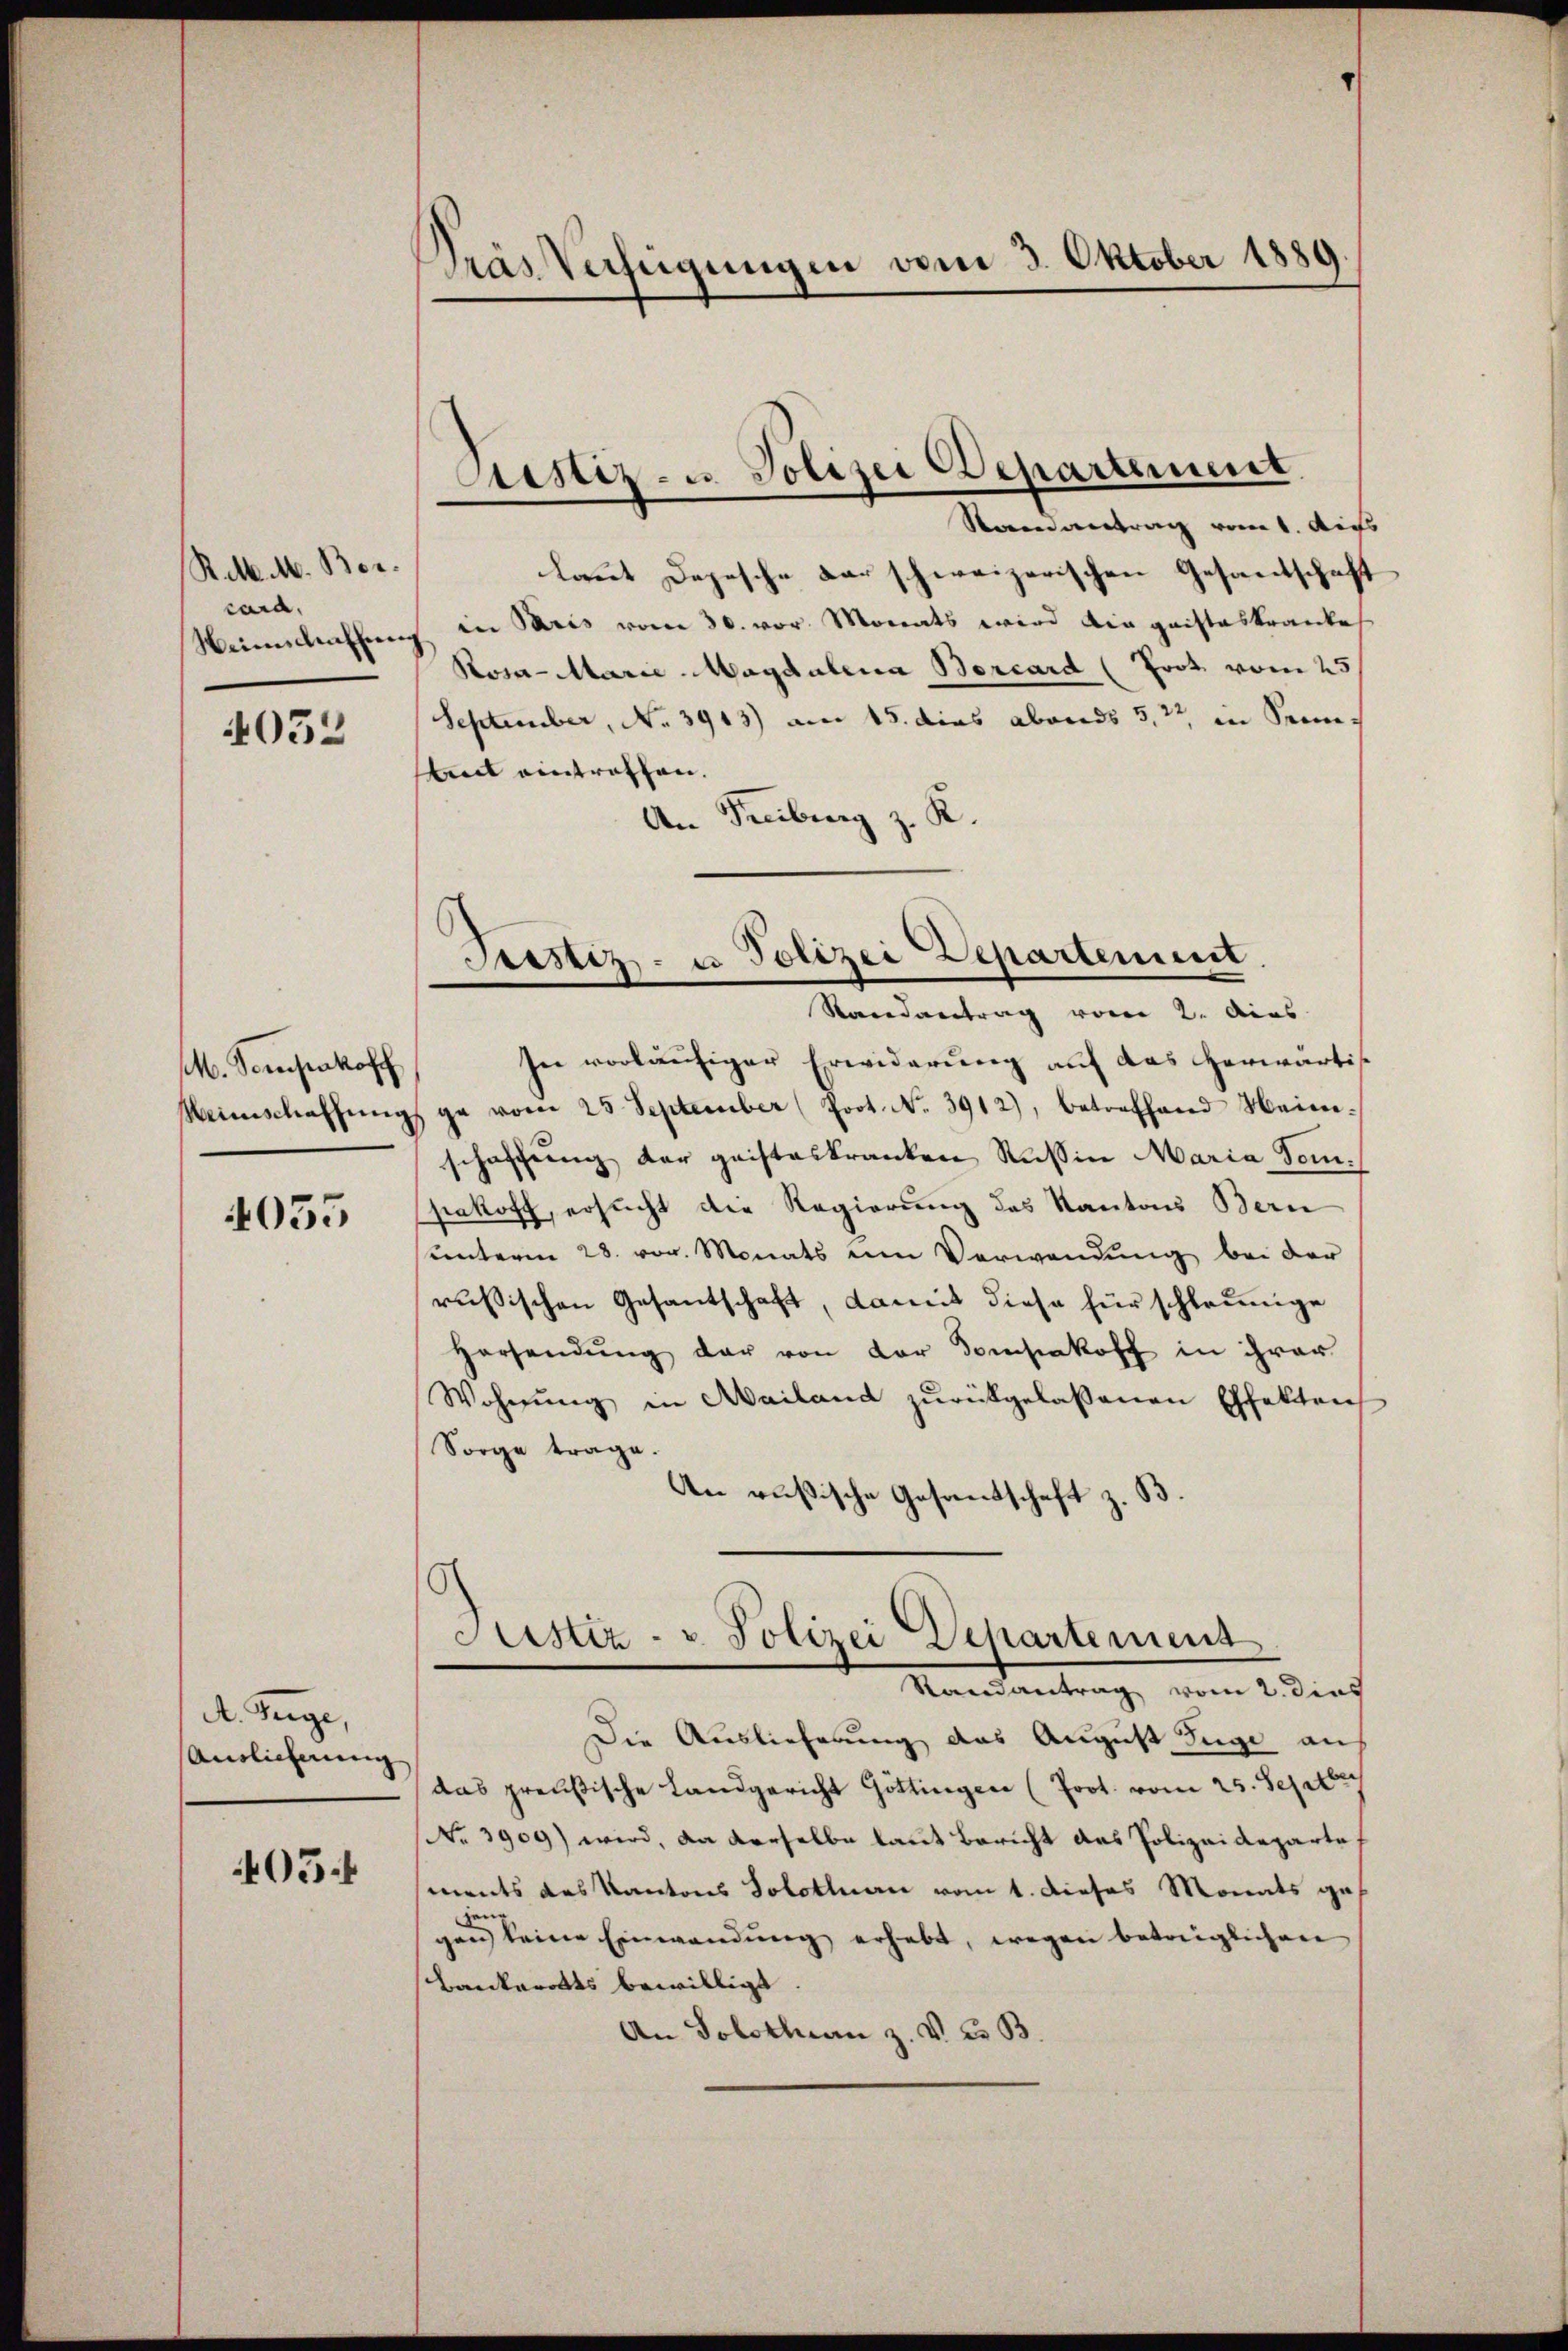
Rek. M. Borcard.
Weinschaffen
4052

M. Sempakoff
Meinschaffung

4055

A. Siege,
Auslichnung

05f

Tras Verfügungen vom 3. Oktober 1889.

Justiz- u. Polizei Departement
Ravenantrag vom 1. Auss

Sistiz- u Polizei Departement.
Randantrag vom 2. dens

laut Depesche darschweizerischen Gesandschaft
in Paris vom 30. vor. Monats wird die geisteskrankes
Rosa - Marie-Magdalena Borcard (Trot vom 25
September, No 3913) am 15. dies abends 5,7 in Seimit eintrathen.
An Freiburg z. K.
In vorläufiger Erwiderung auf das Herwärtis
ge vom 25. September (Prot. No. 3912), betreffend Heimschaffung der geisteskranken Rußin Maria Tom.
siekoff, ersucht die Regierung des Kanton Bern
unterm 28. vor. Monats um Verwendung bei der
russischen Gesantschaft, damit diese für schleunige
Harsendŭng der von der Domsakoff in ihrer
Wohnŭng in Mailand zŭrückgelassenen Effekten,
Sorge trage.
An Rußische Gesandschaft z. B.

Sistiz- u. Polizei Departement
Marientrag, vom Einf

Die Auslieferung das August Zuge au
das preußische Landgericht Göttingen (Prot. vom 25. Septbr.
No 3909) wird, da derselbe laut Bericht des Polizeideparte
ments das Kantons Solothurn vom 1. dieses Monats gegang
gan keine Einwendung erhebt, wegen betreiglichen
Bankerotts bewilligt
An Solothurn z. V. C. B.